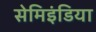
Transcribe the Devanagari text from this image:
सेमिइंडिया